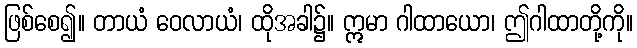
ဖြစ်စေ၍။ တာယံ ဝေလာယံ၊ ထိုအခါ၌။ ဣမာ ဂါထာယော၊ ဤဂါထာတို့ကို။